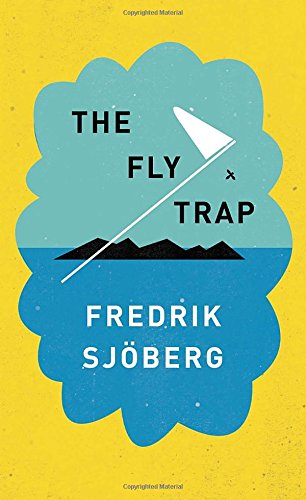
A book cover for The Fly Trap; Fredrik SjÃ¶berg; History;